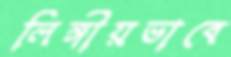
লিঙ্গীয়ভাবে